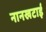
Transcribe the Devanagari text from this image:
नानखटाई